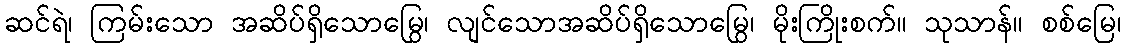
ဆင်ရဲ၊ ကြမ်းသော အဆိပ်ရှိသောမြွေ၊ လျင်သောအဆိပ်ရှိသောမြွေ၊ မိုးကြိုးစက်။ သုသာန်။ စစ်မြေ၊